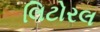
લિટોરલ